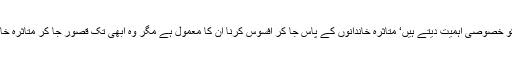
وہ ریپ کے کیسوں کو خصوصی اہمیت دیتے ہیں‘ متاثرہ خاندانوں کے پاس جا کر افسوس کرنا ان کا معمول ہے مگر وہ ابھی تک قصور جا کر متاثرہ خاندانوں سے نہیں ملے۔